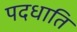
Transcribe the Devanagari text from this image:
पदधाति